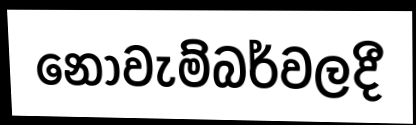
නොවැම්බර්වලදී